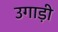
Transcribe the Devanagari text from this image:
उगाड़ी